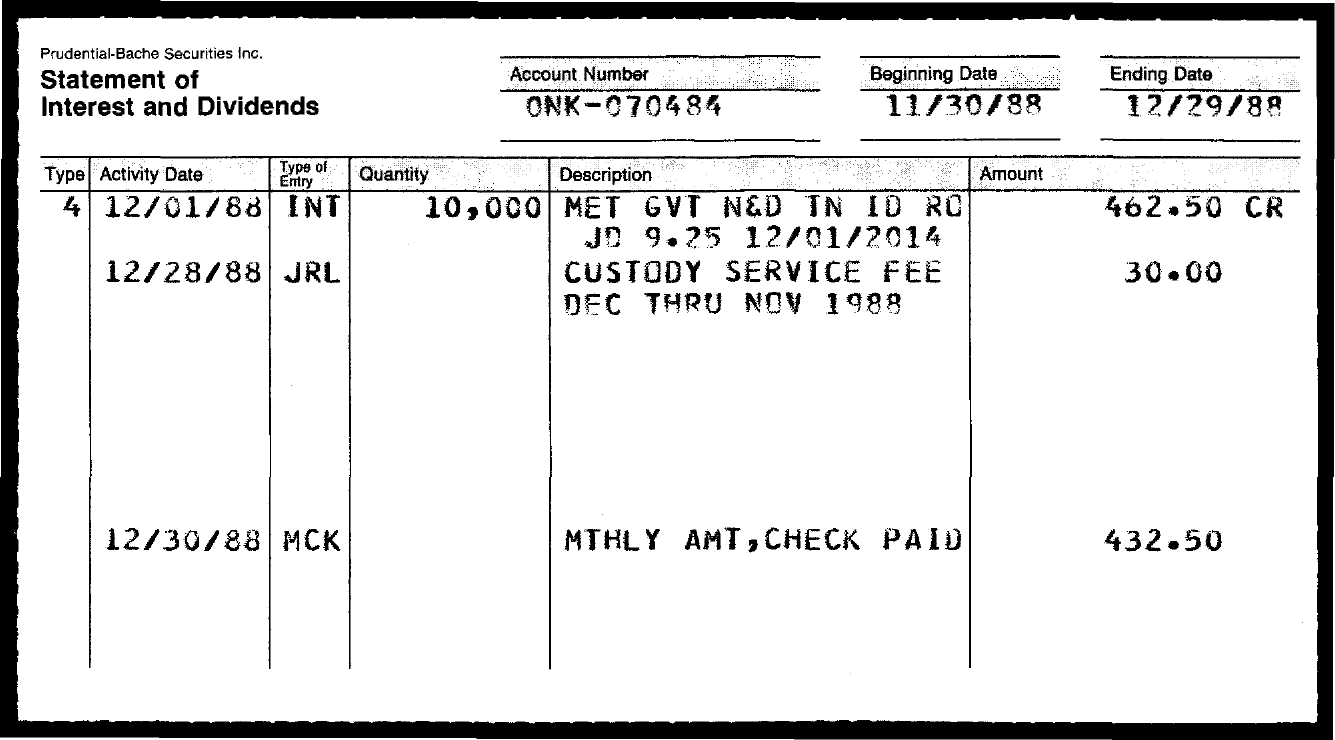
Prudential-Bache Securities Inc.
  Statement of    Account Number Beginning Date Ending Date
  Interest and Dividends ONK-070484 11/30/88  12/29/88
  Type Activity Date Type of
     Entry Quantity Description  Amount
   4 12/01/88 INT 10,000 MET GVT N&D IN ID RO 462.50 CR
     JD 9.25 12/01/2014
     12/28/88 JRL    CUSTODY SERVICE FEE   30.00
     DEC THRU NOV 1988
     12/30/88 MCK    MTHLY AMT, CHECK PAID 432.50